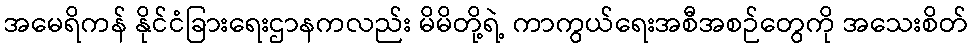
အမေရိကန် နိုင်ငံခြားရေးဌာနကလည်း မိမိတို့ရဲ့ ကာကွယ်ရေးအစီအစဉ်တွေကို အသေးစိတ်